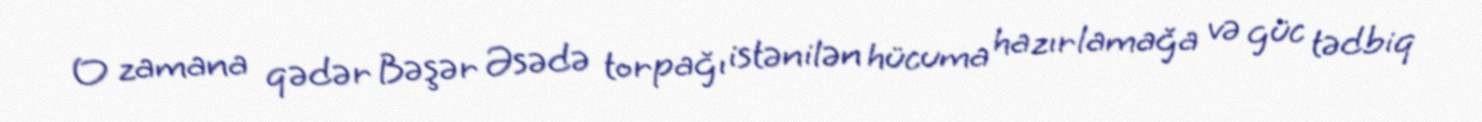
O zamana qədər Bəşər Əsədə torpağı istənilən hücuma hazırlamağa və güc tədbiq